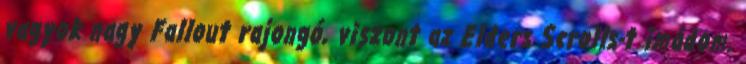
vagyok nagy Fallout rajongó, viszont az Elders Scrolls-t imádom.